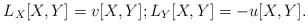
\begin{align*}L_X [X,Y] = v [X,Y]; L_Y [X,Y] = - u [X,Y].\end{align*}